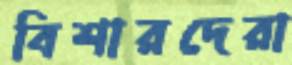
বিশারদেরা